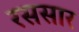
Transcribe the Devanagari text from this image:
रससार